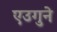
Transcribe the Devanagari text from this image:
एउगुने